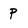
Character: P